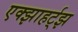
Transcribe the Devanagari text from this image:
एक्झाहर्ट्‌झ